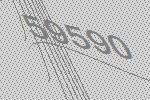
59590